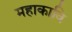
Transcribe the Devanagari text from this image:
महाकावि